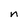
Character: n